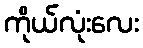
ကိုယ်လုံးလေး